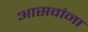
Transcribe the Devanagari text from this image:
आसवांना